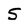
Character: S